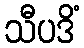
သီပဒိံ